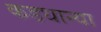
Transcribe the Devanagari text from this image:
कडधान्या